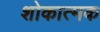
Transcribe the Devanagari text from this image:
शोकात्मक